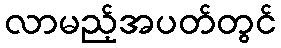
လာမည့်အပတ်တွင်